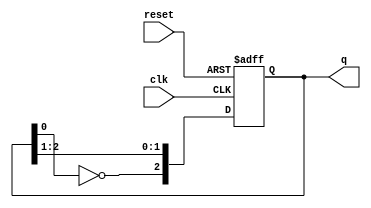
module johnson_counter (
    input wire clk,        // Clock input
    input wire reset,      // Asynchronous reset
    output reg [2:0] q     // 3-bit output
);

// Sequential logic for the Johnson counter
always @(posedge clk or posedge reset) begin
    if (reset) begin
        // Initialize the counter to a known state (000)
        q <= 3'b000;
    end else begin
        // Johnson counter logic
        q[2] <= ~q[0];    // Invert the last flip-flop output and feed it to the first
        q[1] <= q[2];     // Shift the state
        q[0] <= q[1];     // Shift the state
    end
end

endmodule